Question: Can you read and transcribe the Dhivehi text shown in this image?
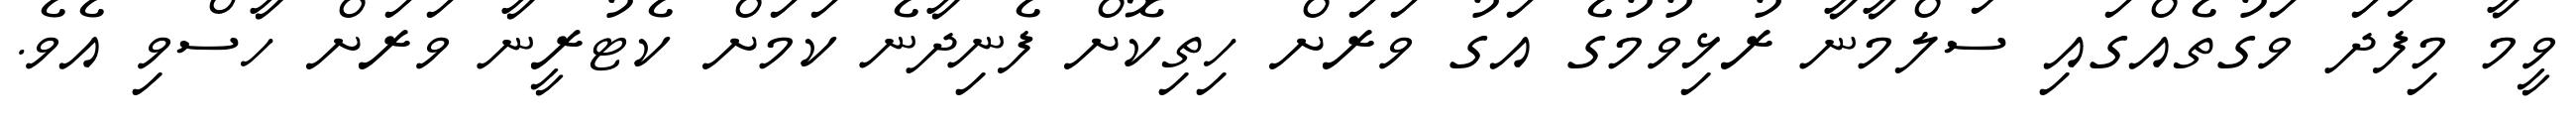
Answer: ވީމާ މިފަދަ ވަގުތެއްގައި ސަލްމާނާ ރުޅިވުމުގެ އަގު ވަރަށް ހިތިކޮށް ފެނިދާނެ ކަމަށް ކެޓުރީނާ ވަރަށް ހާސްވި އެވެ.